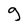
Character: g